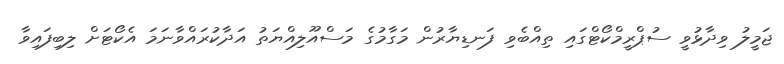
ޖަމީލު ވިދާޅުވީ ސުޕްރީމްކޯޓްގައި ތިއްބެވި ފަނޑިޔާރުން މަގާމުގެ މަސްއޫލިއްޔަތު އަދާކުރައްވާނަމަ އެކޯޓަށް ލިބިފައިވާ